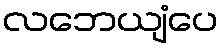
လဘေယျံပေ